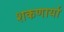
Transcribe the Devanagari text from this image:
शकणार्या